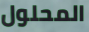
المحلول